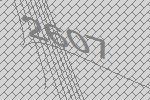
2607